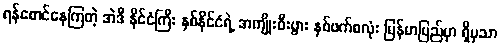
ရန်စောင်နေကြတဲ့ အဲဒီ နိုင်ငံကြီး နှစ်နိုင်ငံရဲ့ အကျိုးစီးပွား နှစ်ဖက်စလုံး မြန်မာပြည်မှာ ရှိမှသာ